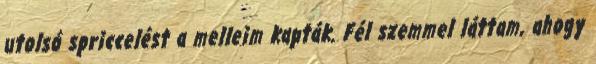
utolsó spriccelést a melleim kapták. Fél szemmel láttam, ahogy